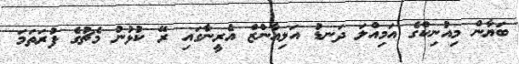
ބަޔާން މިއުނިކްގެ އަމިއްލަ ދަނޑު އަލިއާންޒް އެރީނާގައި ރޭ ކުޅުނު މެޗުގެ ފުރަތަމަ